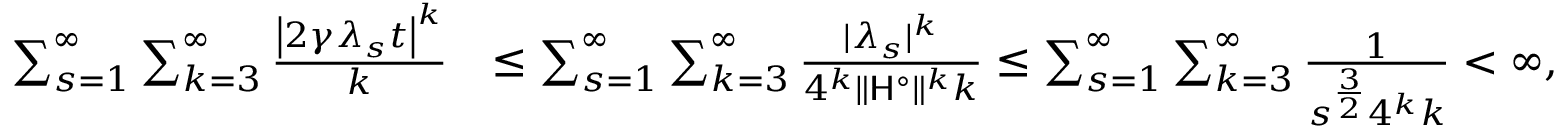
\begin{array} { r l } { \sum _ { s = 1 } ^ { \infty } \sum _ { k = 3 } ^ { \infty } \frac { \left| 2 \gamma \lambda _ { s } t \right| ^ { k } } { k } } & { \leq \sum _ { s = 1 } ^ { \infty } \sum _ { k = 3 } ^ { \infty } \frac { | \lambda _ { s } | ^ { k } } { 4 ^ { k } \| \mathsf { H } ^ { \circ } \| ^ { k } k } \leq \sum _ { s = 1 } ^ { \infty } \sum _ { k = 3 } ^ { \infty } \frac { 1 } { s ^ { \frac { 3 } { 2 } } 4 ^ { k } k } < \infty , } \end{array}